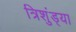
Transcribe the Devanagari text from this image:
त्रिशुंड्या